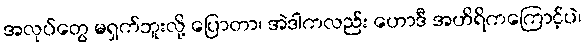
အလုပ်တွေ မရှက်ဘူးလို့ ပြောတာ၊ အဲဒါကလည်း ဟောဒီ အဟိရိကကြောင့်ပဲ၊